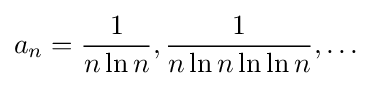
a_{n}={\frac {1}{n\ln n}},{\frac {1}{n\ln n\ln \ln n}},\dots